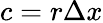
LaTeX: c=r\Delta x